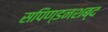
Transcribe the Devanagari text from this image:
सपिण्डनशब्द